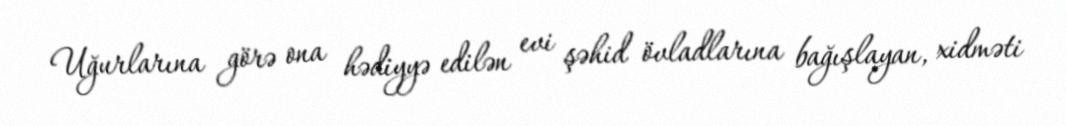
Uğurlarına görə ona hədiyyə edilən evi şəhid övladlarına bağışlayan, xidməti